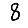
Digit: 8